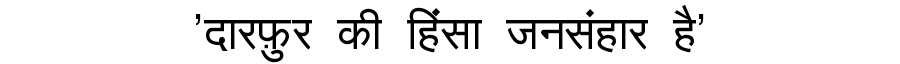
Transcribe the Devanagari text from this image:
'दारफ़ुर की हिंसा जनसंहार है'